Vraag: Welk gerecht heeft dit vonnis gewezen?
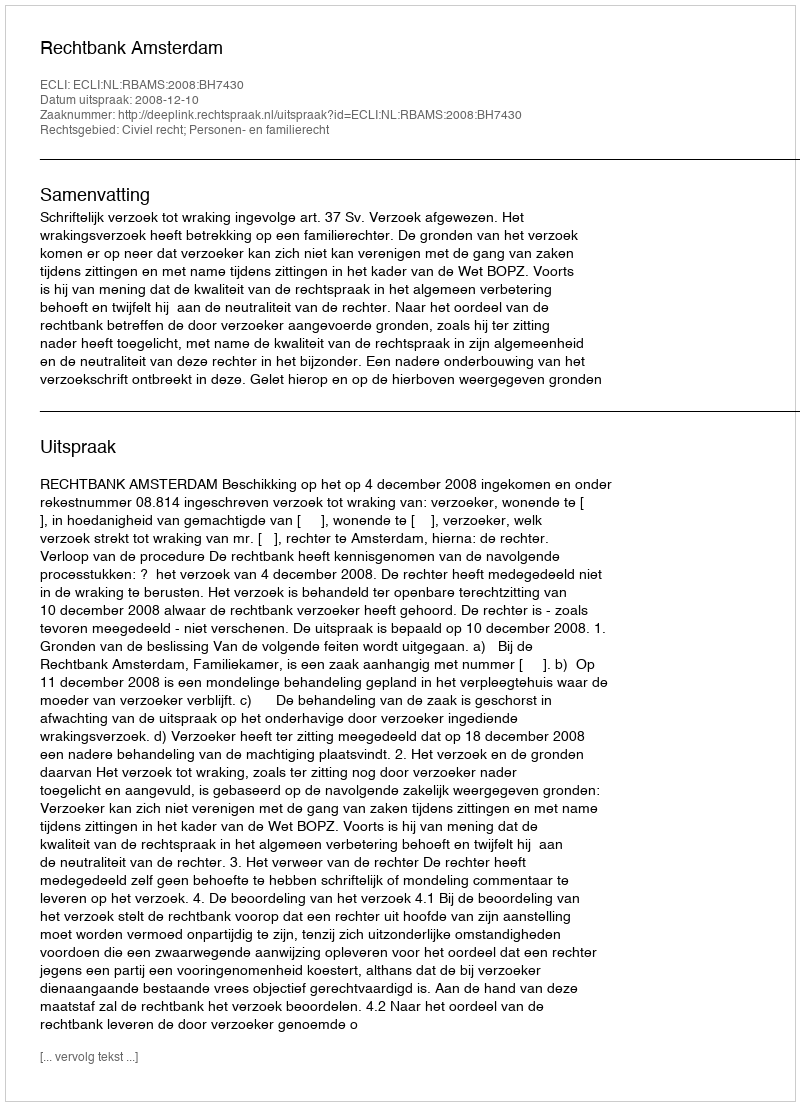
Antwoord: Rechtbank Amsterdam